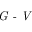
\textit { G - V }